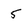
Character: 5